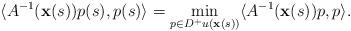
LaTeX: \begin{align*}\langle A^{-1}(\mathbf{x}(s))p(s),p(s)\rangle=\min_{p\in D^+u(\mathbf{x}(s))}\langle A^{-1}(\mathbf{x}(s))p,p\rangle.\end{align*}